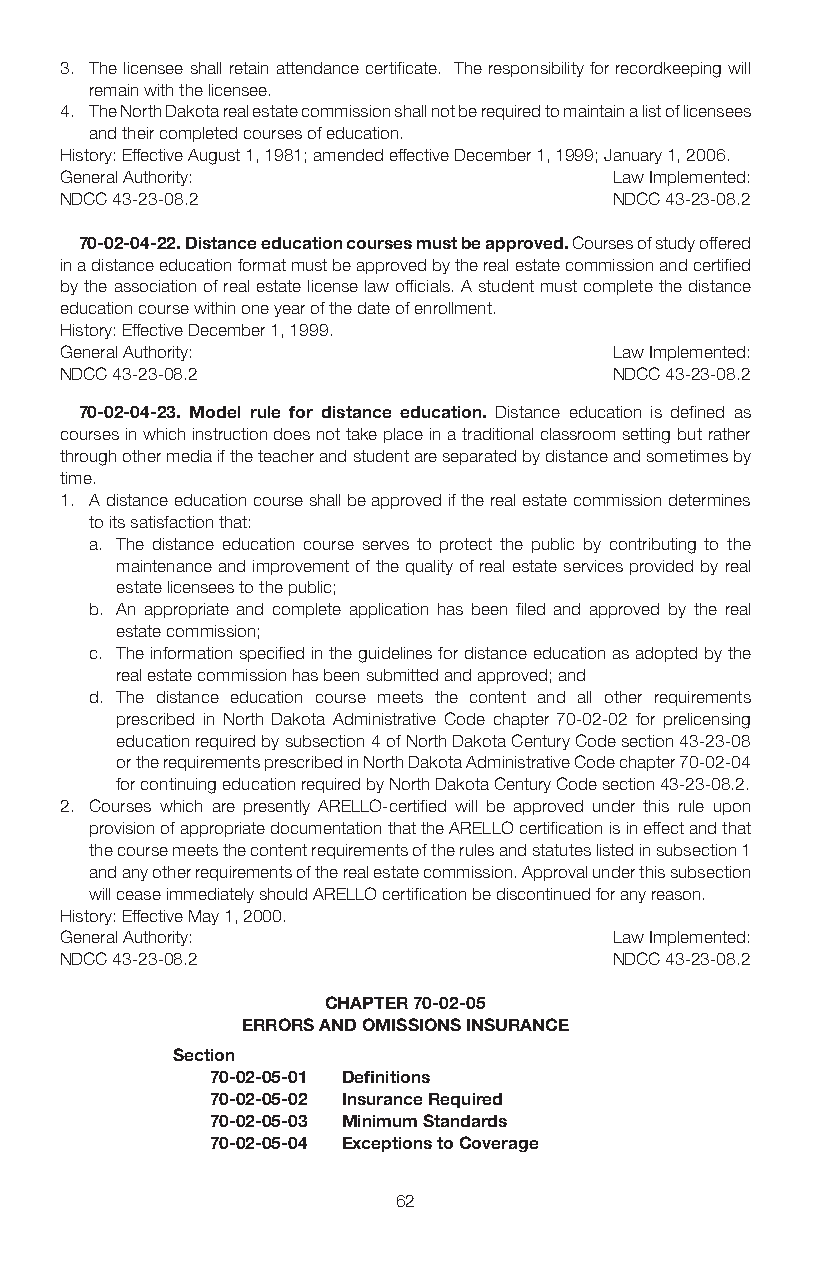
3. The licensee shall retain attendance certificate. The responsibility for recordkeeping will
 remain with the licensee.
 4. The North Dakota real estate commission shall not be required to maintain a list of licensees
 and their completed courses of education.
 History: Effective August 1, 1981; amended effective December 1, 1999; January 1, 2006.
 General Authority:                   Law Implemented:
 NDCC 43-23-08.2                      NDCC 43-23-08.2
 70-02-04-22. Distance education courses must be approved. Courses of study offered
 in a distance education format must be approved by the real estate commission and certified
 by the association of real estate license law officials. A student must complete the distance
 education course within one year of the date of enrollment.
 History: Effective December 1, 1999.
 General Authority:                   Law Implemented:
 NDCC 43-23-08.2                      NDCC 43-23-08.2
 70-02-04-23. Model rule for distance education. Distance education is defined as
 courses in which instruction does not take place in a traditional classroom setting but rather
 through other media if the teacher and student are separated by distance and sometimes by
 time.
 1. A distance education course shall be approved if the real estate commission determines
 to its satisfaction that:
 a. The distance education course serves to protect the public by contributing to the
 maintenance and improvement of the quality of real estate services provided by real
 estate licensees to the public;
 b. An appropriate and complete application has been filed and approved by the real
 estate commission;
 c. The information specified in the guidelines for distance education as adopted by the
 real estate commission has been submitted and approved; and
 d. The distance education course meets the content and all other requirements
 prescribed in North Dakota Administrative Code chapter 70-02-02 for prelicensing
 education required by subsection 4 of North Dakota Century Code section 43-23-08
 or the requirements prescribed in North Dakota Administrative Code chapter 70-02-04
 for continuing education required by North Dakota Century Code section 43-23-08.2.
 2. Courses which are presently ARELLO-certified will be approved under this rule upon
 provision of appropriate documentation that the ARELLO certification is in effect and that
 the course meets the content requirements of the rules and statutes listed in subsection 1
 and any other requirements of the real estate commission. Approval under this subsection
 will cease immediately should ARELLO certification be discontinued for any reason.
 History: Effective May 1, 2000.
 General Authority:                   Law Implemented:
 NDCC 43-23-08.2                      NDCC 43-23-08.2
 CHAPTER 70-02-05
 ERRORS AND OMISSIONS INSURANCE
 Section
 70-02-05-01 Definitions
 70-02-05-02 Insurance Required
 70-02-05-03 Minimum Standards
 70-02-05-04 Exceptions to Coverage
 62